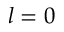
l = 0